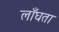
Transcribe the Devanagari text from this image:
लाँघता